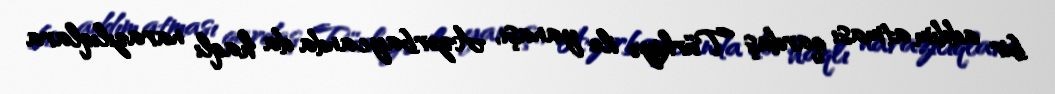
bir addım atması qardaş Türkiyə ilə yanaşı, Azərbaycanda da haqlı narazılıqlara